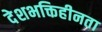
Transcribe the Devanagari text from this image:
देशभक्तिहीनता